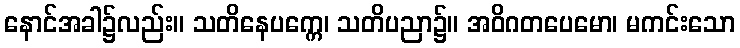
နောင်အခါ၌လည်း။ သတိနေပက္ကေ၊ သတိပညာ၌။ အဝိဂတပေမော၊ မကင်းသော